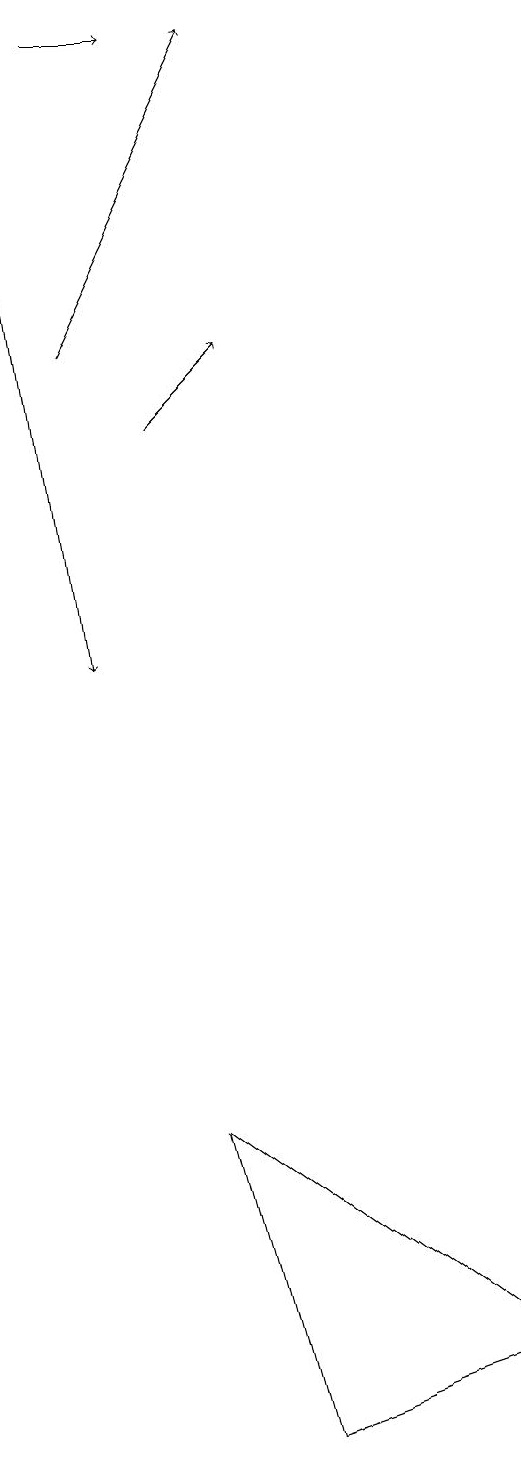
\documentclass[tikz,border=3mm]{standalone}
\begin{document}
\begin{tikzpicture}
\draw[->] (1,18) -- (2,18);
\draw[->] (1,14) -- (3,18);
\draw[->] (2,13) -- (3,14);
\draw (6,1) -- (3,0) -- (2,4) -- cycle;
\draw[->] (0,17) -- (1,10);
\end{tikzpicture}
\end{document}